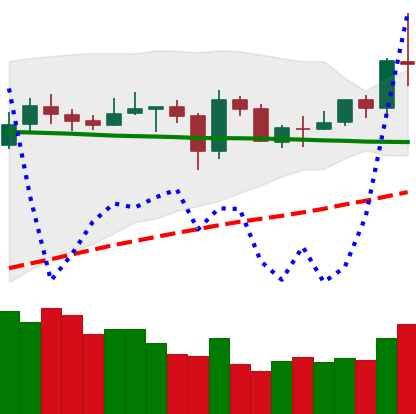
Ticker: NEO-USD
Chart end date: 2020-05-31
Forward return: 8.217%
Label: up_7plus